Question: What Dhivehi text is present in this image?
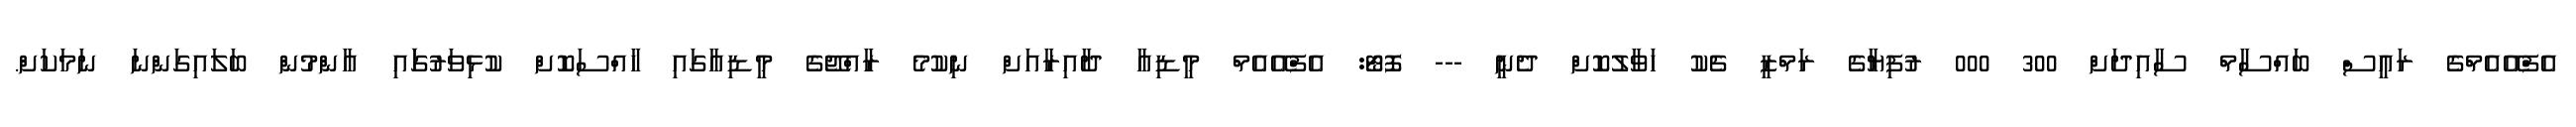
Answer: އެފްއޭއެމްގެ ރައީސް ބައްސާމް ސާއިދަށް 300 000 ރުފިޔާގެ ރަމްޒީ ޗެކު ހަވާލުކޮށް ދެނީ --- ފޮޓޯ: އެފްއޭއެމް މީޑިއާ ދާއިރާއަށް ނިކުމެ ރާއްޖޭގެ މީޑިއާގައި ހާއްސަކޮށް ކުޅިވަރުގަައި އާންމުން ބަލައިގަންނަ ނަމަކަށް.